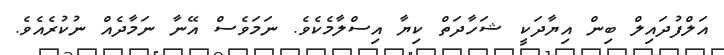
އަލްފުދައިލް ބިން އިޔާދަކީ ޝަހާދަތް ކިޔާ އިސްލާމެކެވެ. ނަމަވެސް އޭނާ ނަމާދެއް ނުކުރެއެވެ.